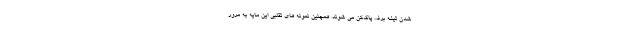
شدن تیغه برف پاک‌کن می شوند. همچنین نمونه های تقلبی این مایه به مرور